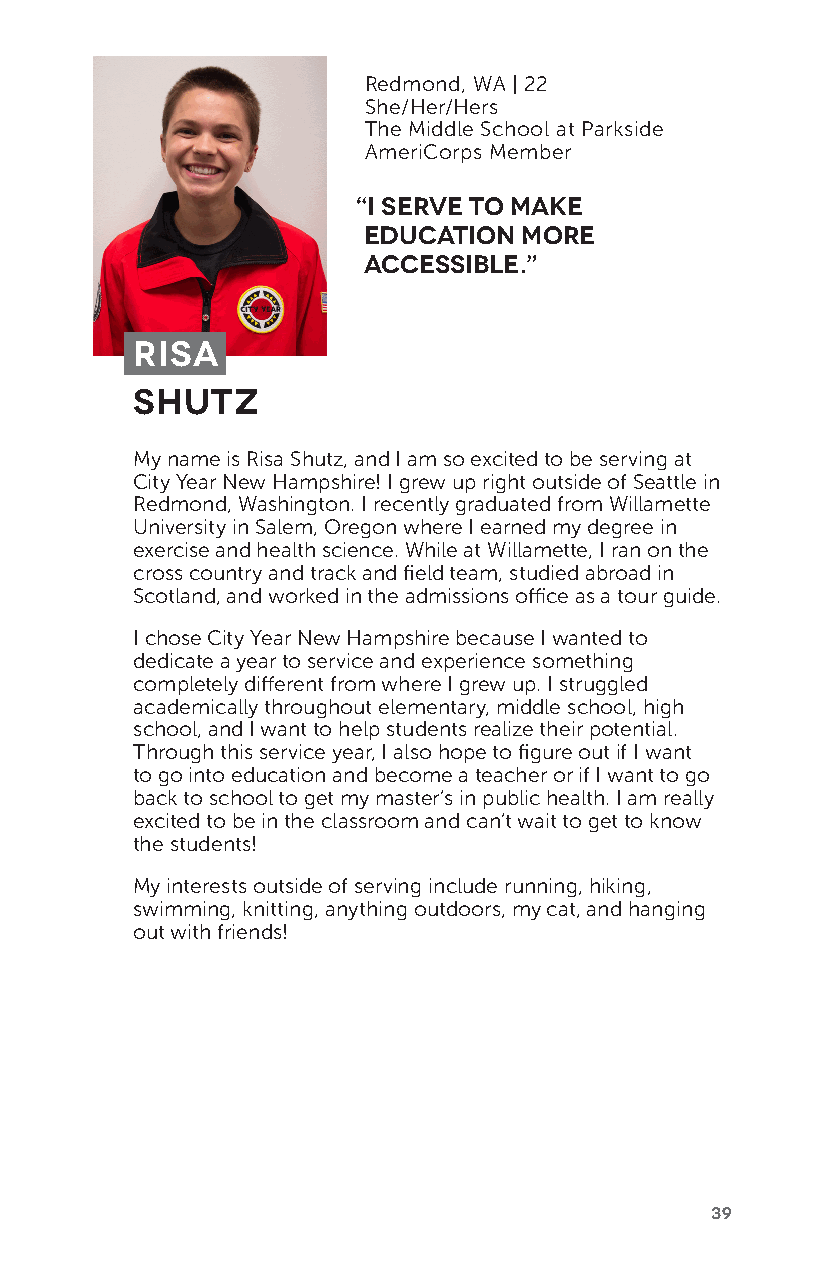
Redmond, WA | 22
 She/Her/Hers
 The Middle School at Parkside
 AmeriCorps Member
 “I serve to make
 education more
 accessible.”
 Risa
 Shutz
 My name is Risa Shutz, and I am so excited to be serving at
 City Year New Hampshire! I grew up right outside of Seattle in
 Redmond, Washington. I recently graduated from Willamette
 University in Salem, Oregon where I earned my degree in
 exercise and health science. While at Willamette, I ran on the
 cross country and track and field team, studied abroad in
 Scotland, and worked in the admissions office as a tour guide.
 I chose City Year New Hampshire because I wanted to
 dedicate a year to service and experience something
 completely different from where I grew up. I struggled
 academically throughout elementary, middle school, high
 school, and I want to help students realize their potential.
 Through this service year, I also hope to figure out if I want
 to go into education and become a teacher or if I want to go
 back to school to get my master’s in public health. I am really
 excited to be in the classroom and can’t wait to get to know
 the students!
 My interests outside of serving include running, hiking,
 swimming, knitting, anything outdoors, my cat, and hanging
 out with friends!
 39